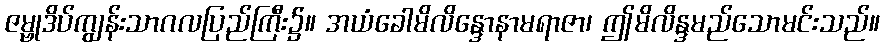
ဇမ္ဗုဒိပ်ကျွန်းသာဂလပြည်ကြီး၌။ အယံခေါမိလိန္ဒောနာမရာဇာ၊ ဤမိလိန္ဒမည်သောမင်းသည်။